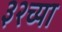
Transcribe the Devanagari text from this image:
३२च्या